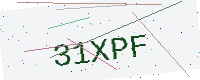
Text: 31XPF